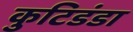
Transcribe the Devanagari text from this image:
कुटिडंडा